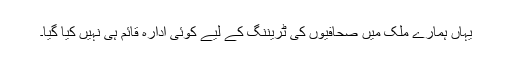
یہاں ہمارے ملک میں صحافیوں کی ٹریننگ کے لیے کوئی ادارہ قائم ہی نہیں کیا گیا۔